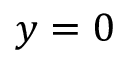
y = 0